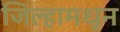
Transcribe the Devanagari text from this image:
जिल्हामधून